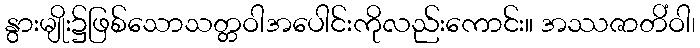
နွားမျိုး၌ဖြစ်သောသတ္တဝါအပေါင်းကိုလည်းကောင်း။ အဿဇာတိံဝါ၊